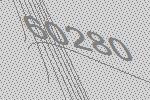
60280